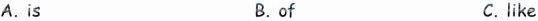
A.is B.of c.like